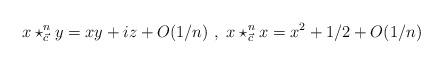
LaTeX: \begin{align*}x\star_{\vec{c}}^{n}y=xy+iz+O(1/n)\ ,\ x\star_{\vec{c}}^{n}x=x^{2}+1/2+O(1/n)\ \end{align*}